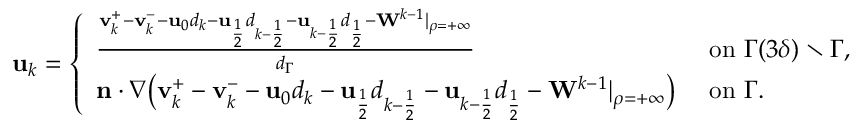
\begin{array} { r } { \mathbf { u } _ { k } = \left\{ \begin{array} { l l } { \frac { \mathbf { v } _ { k } ^ { + } - \mathbf { v } _ { k } ^ { - } - \mathbf { u } _ { 0 } d _ { k } - \mathbf { u } _ { \frac { 1 } { 2 } } d _ { k - \frac { 1 } { 2 } } - \mathbf { u } _ { k - \frac { 1 } { 2 } } d _ { \frac { 1 } { 2 } } - \mathbf { W } ^ { k - 1 } | _ { \rho = + \infty } } { d _ { \Gamma } } } & { \ \mathrm { o n ~ } \Gamma ( 3 \delta ) \setminus \Gamma , } \\ { \mathbf { n } \cdot \nabla \big ( \mathbf { v } _ { k } ^ { + } - \mathbf { v } _ { k } ^ { - } - \mathbf { u } _ { 0 } d _ { k } - \mathbf { u } _ { \frac { 1 } { 2 } } d _ { k - \frac { 1 } { 2 } } - \mathbf { u } _ { k - \frac { 1 } { 2 } } d _ { \frac { 1 } { 2 } } - \mathbf { W } ^ { k - 1 } | _ { \rho = + \infty } \big ) } & { \ \mathrm { o n ~ } \Gamma . } \end{array} \right. } \end{array}